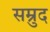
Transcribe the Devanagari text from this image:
सम्रुद